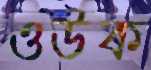
ওউক